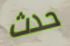
حدث